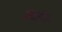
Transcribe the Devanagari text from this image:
घ्वनि